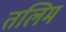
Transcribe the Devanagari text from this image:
तलिम